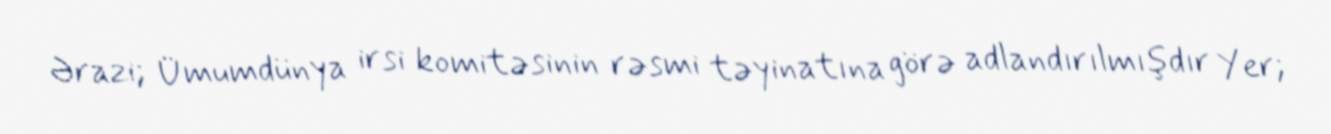
Ərazi; Ümumdünya irsi komitəsinin rəsmi təyinatına görə adlandırılmışdır Yer;